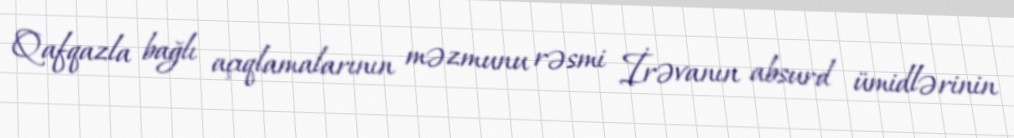
Qafqazla bağlı açıqlamalarının məzmunu rəsmi İrəvanın absurd ümidlərinin